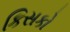
કિસકો